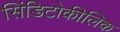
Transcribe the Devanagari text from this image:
सिंडिटोकीलिक